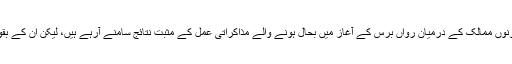
اپنے بیان میں بھارتی وزیرِ اعظم نے کہا کہ دونوں ممالک کے درمیان رواں برس کے آغاز میں بحال ہونے والے مذاکراتی عمل کے مثبت نتائج سامنے آرہے ہیں، لیکن ان کے بقول، " ابھی بہت کچھ کرنے کی ضرورت ہے"۔